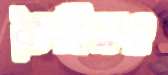
তৈরিরও